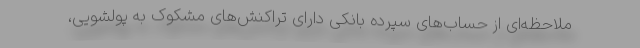
ملاحظه‌ای از حساب‌های سپرده بانکی دارای تراکنش‌های مشکوک به پولشویی،